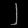
Digit: ၂